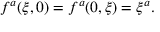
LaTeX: f ^ { a } ( \xi , 0 ) = f ^ { a } ( 0 , \xi ) = \xi ^ { a } .